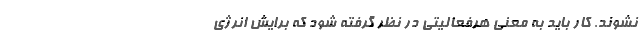
نشوند. کار باید به معنی هرفعالیتی در نظر گرفته شود که برایش انرژی